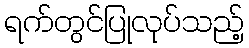
ရက်တွင်ပြုလုပ်သည့်